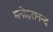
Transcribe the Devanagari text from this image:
मनोहरानन्द